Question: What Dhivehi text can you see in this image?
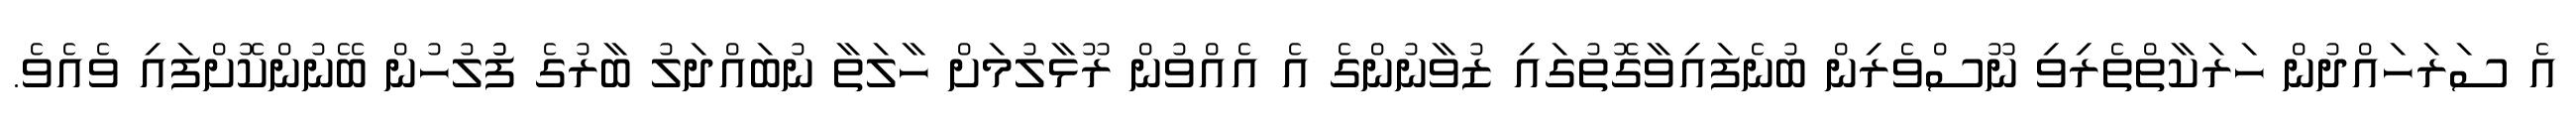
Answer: އެ ސަރަހައްދުން ހަރަކާތްތެރިވި ނޫސްވެރިން ބުނެފައިވާގޮތުގައި ޒުވާނުންގެ އެ އެއްވުން ރޫޅާލުމަށް ހާލަތާ ނުބައްދަލު ބާރުގެ ފުުލުހުން ބޭނުންކޮށްފައި ވެއެވެ.